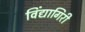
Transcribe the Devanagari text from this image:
विंद्यागिरी